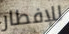
للإفطار